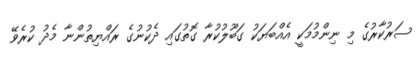
ސަރުކާރުގެ މި ނިންމުމަކީ އެއްބަޔަކު ގަބޫލުކުރާ ގޮތުގައި ދެކުނުގެ ރައްޔިތުންނާ މެދު ކުރެވޭ